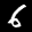
Label: 6